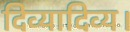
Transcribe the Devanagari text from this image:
दिव्यादिव्य।